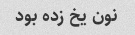
نون یخ زده بود